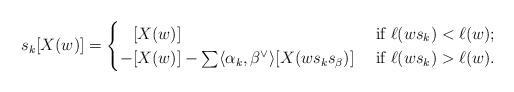
LaTeX: \begin{align*} s_k[X(w)] = \begin{cases}\hphantom{-} [X(w)] & \textrm { if } \ell(ws_k)< \ell(w); \\ -[X(w)] - \sum \langle \alpha_k, \beta^\vee \rangle [X(ws_k s_\beta)] & \textrm{ if } \ell(w s_k) > \ell(w) . \end{cases} \end{align*}